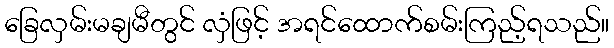
ခြေလှမ်းမချမီတွင် လှံဖြင့် အရင်ထောက်စမ်းကြည့်ရသည်။